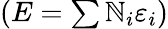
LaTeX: \left(E=\textstyle\sum\mathbb{N}_{i}\varepsilon_{i}\right)